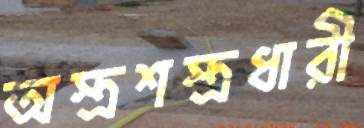
অস্ত্রশস্ত্রধারী